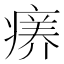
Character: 𤸜